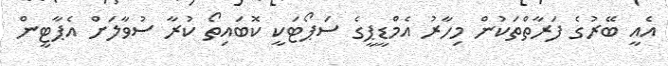
އެއީ ބޭރުގެ ފަރާތްތަކުން މިހާރު އެމްޑީޕީގެ ސަޕޯޓަކީ ކޮބައިތޯ ކުރާ ސުވާލަށް އެޕާޓީން